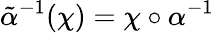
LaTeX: \tilde{\alpha}{}^{-1}(\chi)=\chi\circ\alpha^{-1}